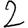
Digit: 2